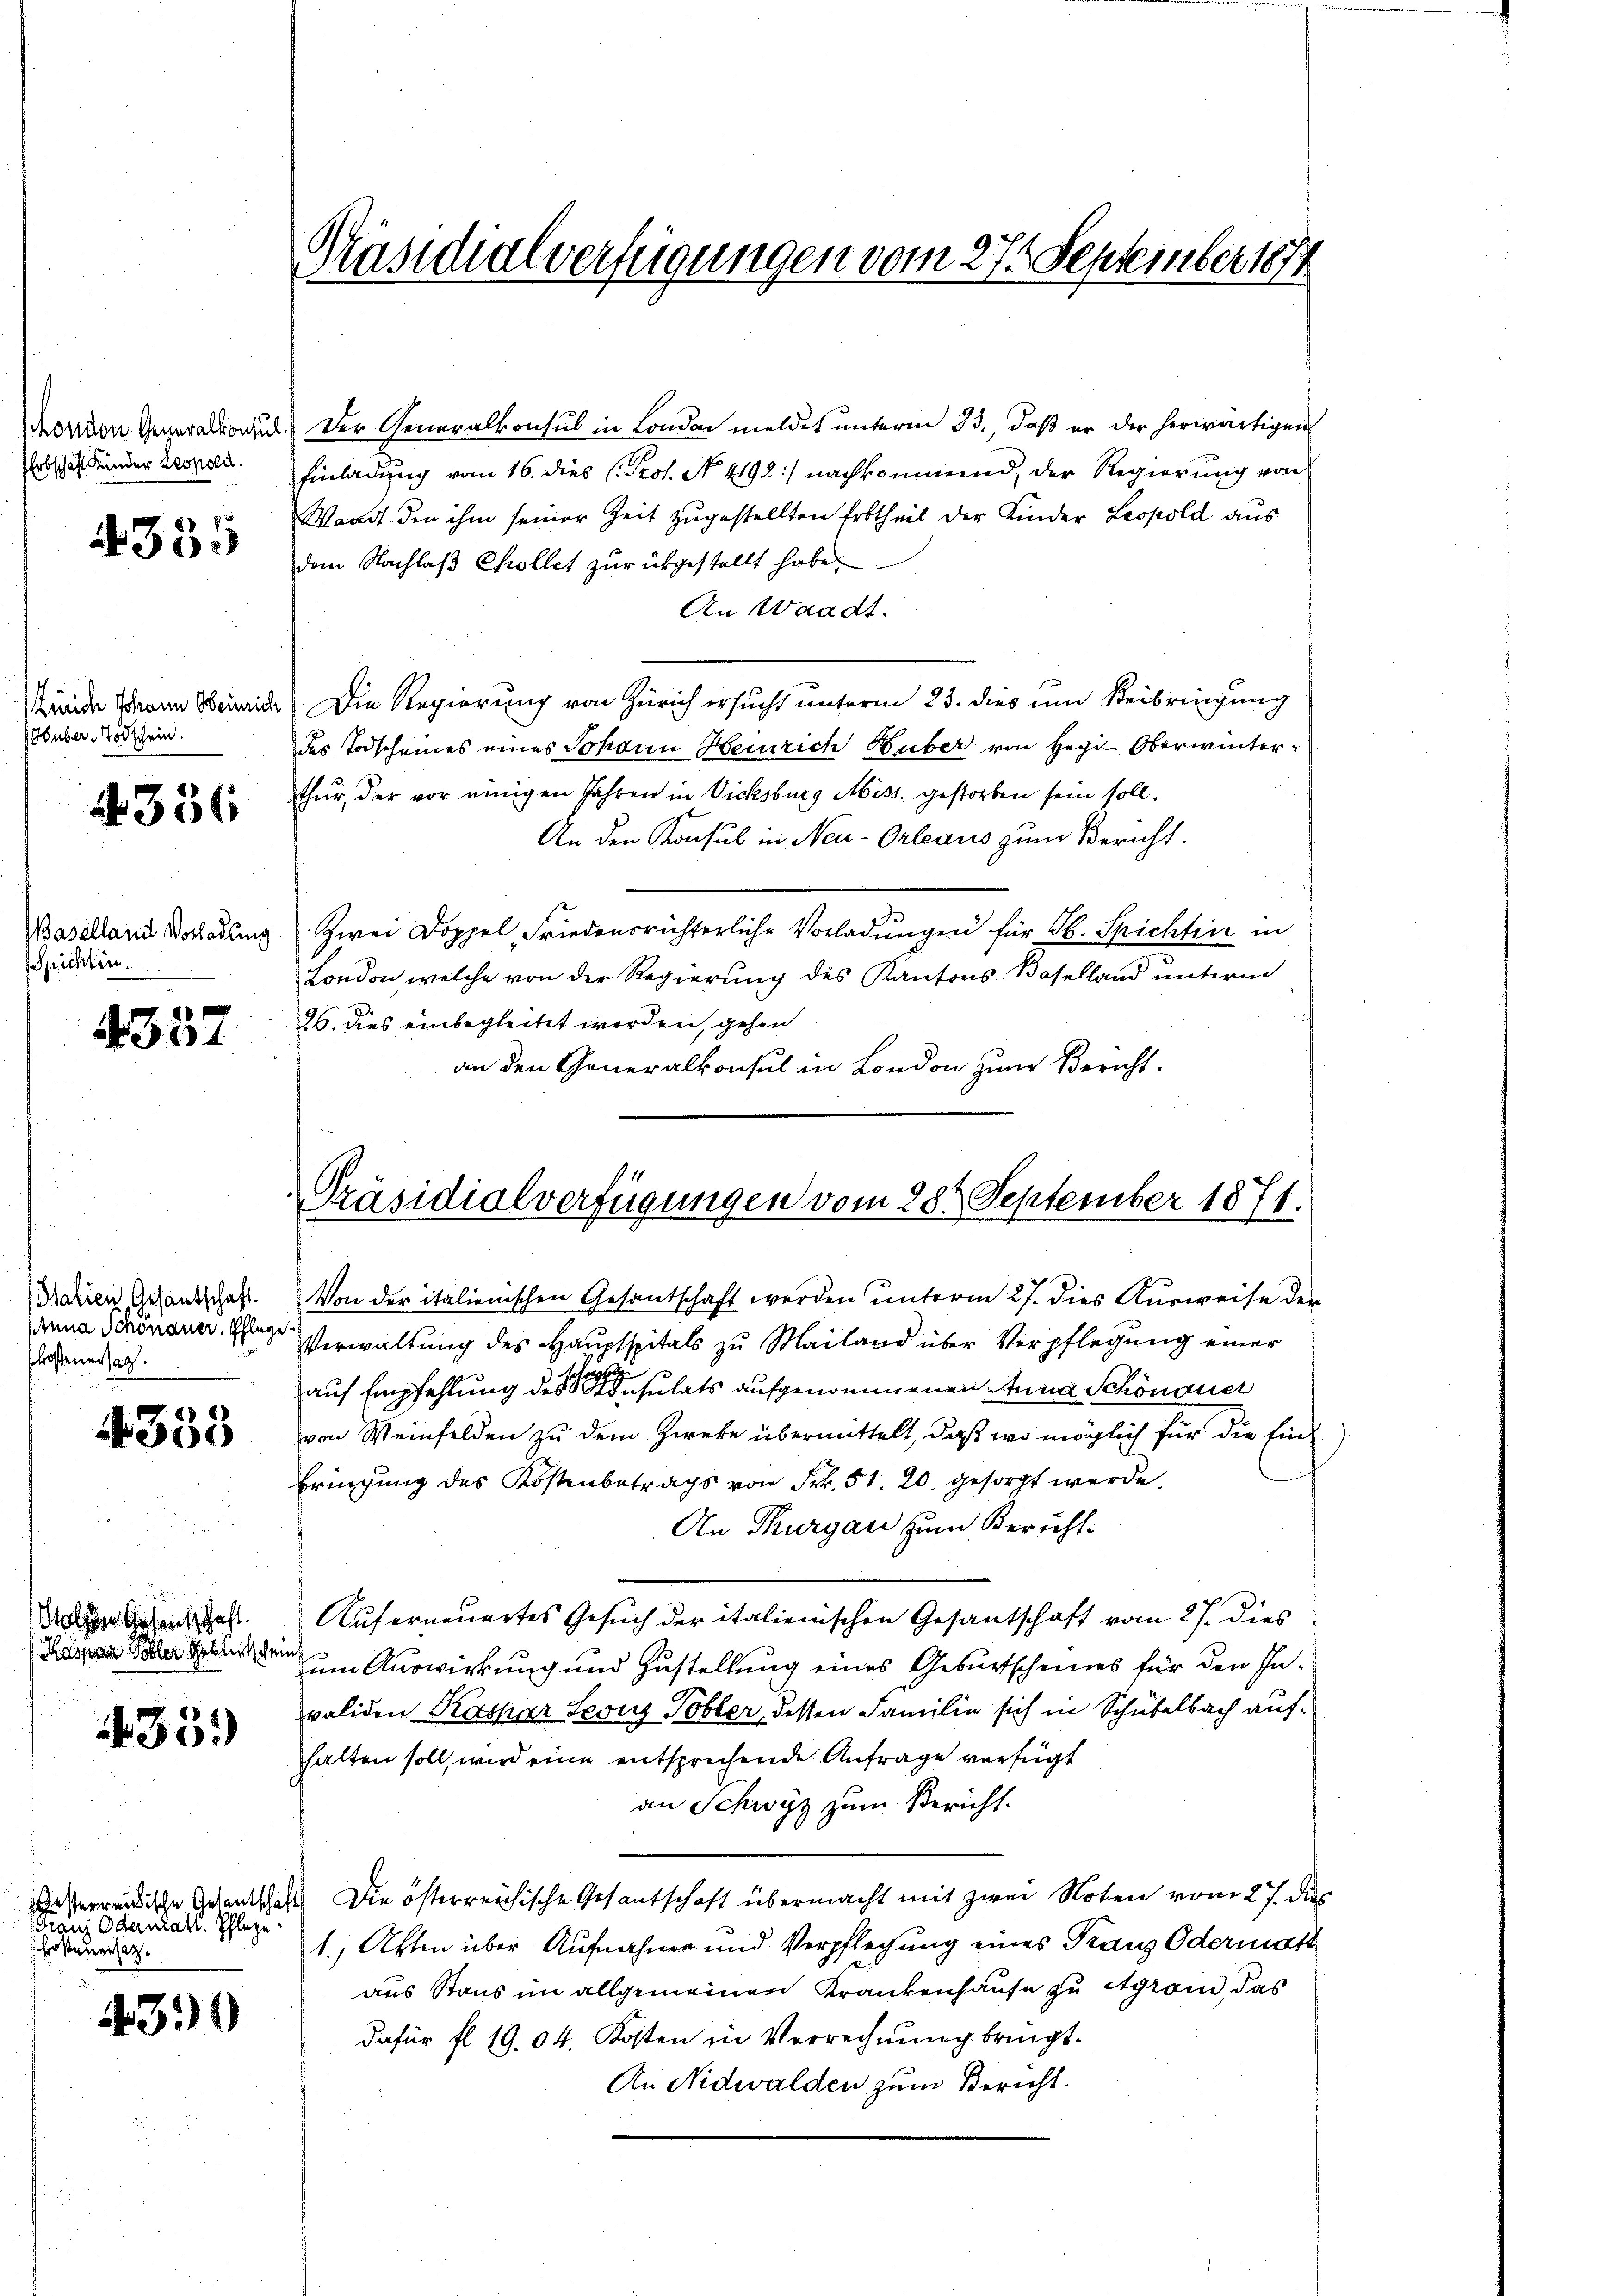
Erbschaft Kinder Leopold.

4355

Huber Todschein.

336

Baselland Vorladung
sprichten.

4337

Italien, Gesantschaft.
loßenersag

4355

Gehenschaft
Raspina Tobler Gebreitschein

435.

Franz Odermatt. Schlage
Ersteuersatz.

4399

Präsidialverfügungen vom 27. September 1874

honden Generalkonsul.) Der Generalkonsul in London meldet unterm 23. daß er der herwärtigen
Einladung vom 16. dies (Prot. N. 4192) nachkommend, der Regierung von
Waadt den ihm seiner Zeit zugestellten Erbtheil der Kinder Leopold aus
dem Nachlaß Collet zurükgestellt habe.
An Waadt.
Kände Mann Weide. Die Regierung von Zürich ersucht unterm 23. dies um Beibringung
des Todscheines eines Johann Heinrich Huber von Her-Oberwinterthur, der vor einigen Jahren in Vicksburg Miss. gestorben sein soll.
An den Konsul in Neu-Orleaus zum Bericht.
Zwei Doppel, Friedensrichterliche Vorladungen für Jb. Spichten in
London welche von der Regierung des Kantons Baselland unterm
26. dies einbegleitet werden, gehen
an den Generalkonsul in London zum Bericht

Präsidialverfügungen vom 28. September 1871.

Von der italienischen Gesantschaft werden unterm 27. dies Ausweise der
rena Schönauer Verwaltung des Hauptspitals zu Mailand über Verpflegung einer
auf Empfehlung des er insulats aufgenommenen Anna Schönauer
von Weinfelden zu dem Zwecke übermittelt, daß wo möglich für die sind
bringung des Kostenbetrags von Frk. 51. 20. gesorgt werde.
An Thurgau zum Bericht
Auferneuertes Gesuch der italienischen Gesantschaft vom 27. dies
um Auswirkung und Zustellung eines Geburtscheines für den Invaliden Kaspar Leonz Tobler, dessen Familie sich in Schubelbach aufhalten soll, wird eine entsprechende Anfrage verfügt
an Schwyz zum Bericht.
serwendische Gedantschaft Die österreichische Gesantschaft übermacht mit zwei Noten vom 27. des
1., Akten über Aufnahme und Verpflegung eines Franz Odermatt
aus Staus im allgemeinen Krankenhause zu Agram, das
dafür fl. 1904. Kosten in Verrechnung bringt.
An Nidwalden zum Bericht.